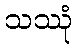
သဿုံ